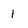
Character: I